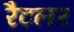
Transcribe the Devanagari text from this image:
रैटलर